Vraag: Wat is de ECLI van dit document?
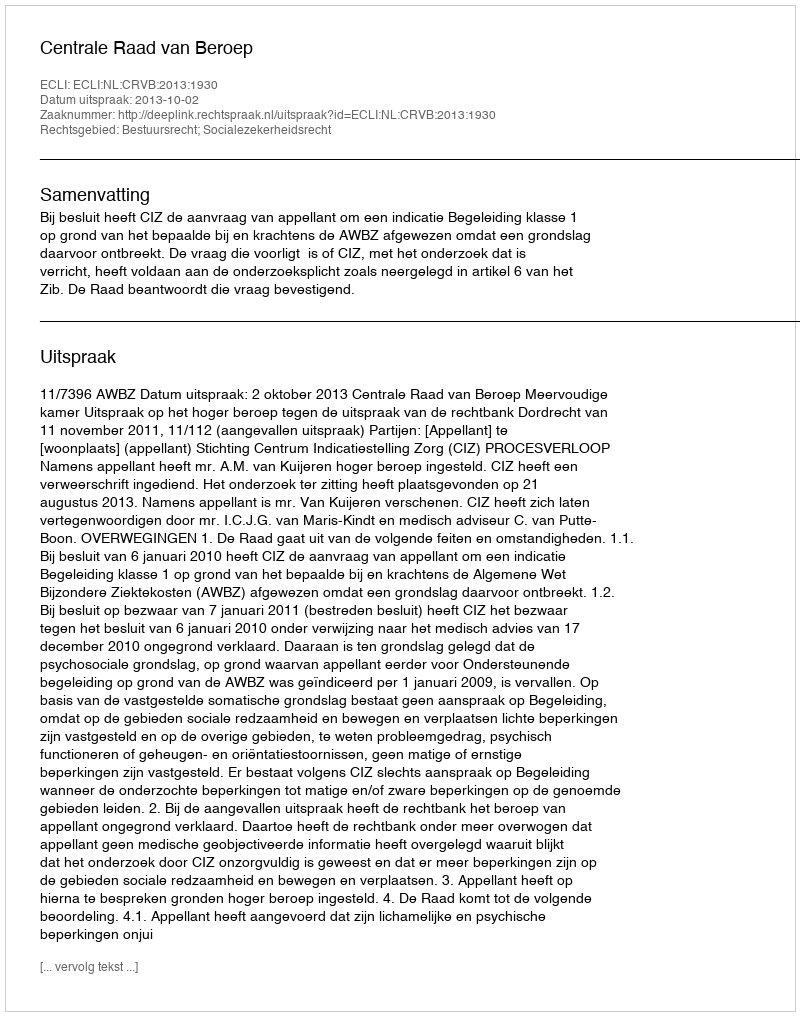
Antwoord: ECLI:NL:CRVB:2013:1930